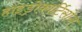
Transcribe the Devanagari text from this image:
हाइड्रोकार्टिसोन